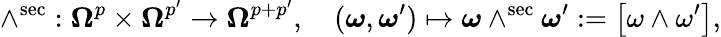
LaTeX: \wedge^{\mathrm{sec}}:\boldsymbol\Omega^{p}\times\boldsymbol\Omega^{p^{\prime}}\to\boldsymbol\Omega^{p+p^{\prime}},\quad(\boldsymbol\omega,\boldsymbol\omega^{\prime})\mapsto\boldsymbol\omega\wedge^{\mathrm{sec}}\boldsymbol\omega^{\prime}:=\big[\omega\wedge\omega^{\prime}\big],